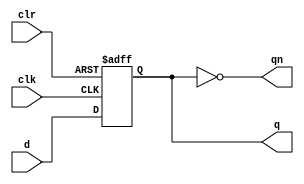
module dff(
	input d,
	input clr,
	input clk,
	output reg q,
	output qn);

	always @(posedge clk or posedge clr)
		if(clr)
			q <= 0;
		else
			q <= d;
	
	assign qn = ~q;
endmodule